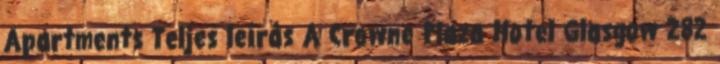
Apartments Teljes leírás A Crowne Plaza Hotel Glasgow 282